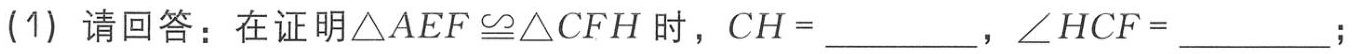
(1) 请回答：在证明$\triangle AEF\cong\triangle CFH$时，$CH = \_\_\_\_\_\_$，$\angle HCF = \_\_\_\_\_\_$；